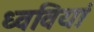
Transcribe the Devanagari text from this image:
ध्ववियां